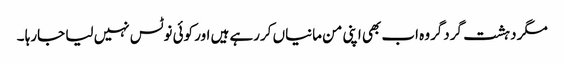
مگر دہشت گردگروہ اب بھی اپنی من مانیاں کررہے ہیں اور کوئی نوٹس نہیں لیا جارہا ۔